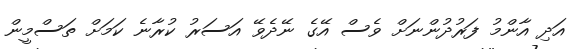
އަދި އާންމު ފަރުދުންނަށް ވެސް އޭގެ ނޭދެވޭ އަސަރު ކުރާނެ ކަމަށް ތަސްމީން